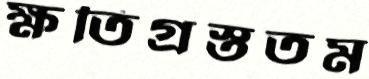
ক্ষতিগ্রস্ততম